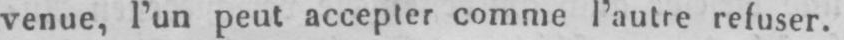
venue, l’un peut accepter comme l’autre refuser.